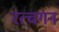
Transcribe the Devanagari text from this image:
रत्चगन